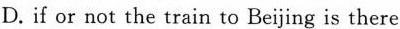
D.if or not the train to Beijing is there